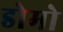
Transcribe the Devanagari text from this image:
डोमो